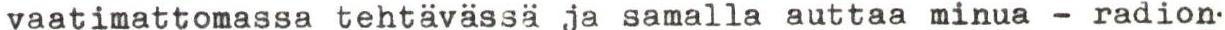
vaatimattomassa tehtävässä ja samalla auttaa minua - radion-